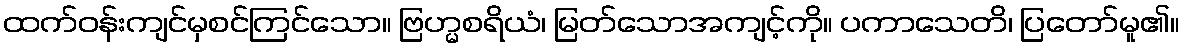
ထက်ဝန်းကျင်မှစင်ကြင်သော။ ဗြဟ္မစရိယံ၊ မြတ်သောအကျင့်ကို။ ပကာသေတိ၊ ပြတော်မူ၏။